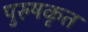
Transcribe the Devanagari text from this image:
पुरुषकृत